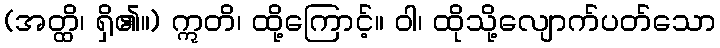
(အတ္ထိ၊ ရှိ၏။) ဣတိ၊ ထို့ကြောင့်။ ဝါ၊ ထိုသို့လျောက်ပတ်သော